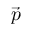
\vec { p }